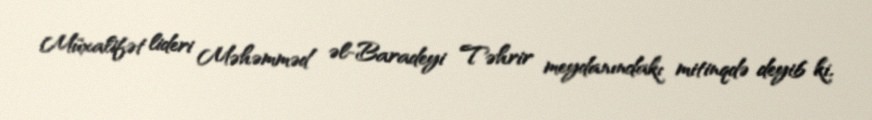
Müxalifət lideri Məhəmməd əl-Baradeyi Təhrir meydanındakı mitinqdə deyib ki,